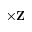
\times \mathbf { Z }